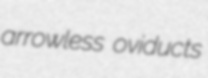
arrowless oviducts